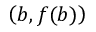
\left( b , f ( b ) \right)